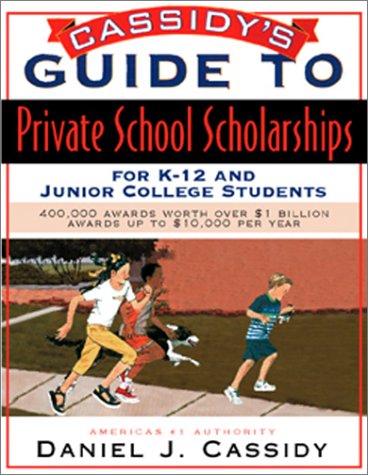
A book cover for Dan Cassidy's Guide to Private Sector K-12 and Junior College; Test Preparation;